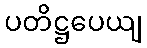
ပတိဋ္ဌပေယျ